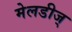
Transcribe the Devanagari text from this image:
मेलडीज्